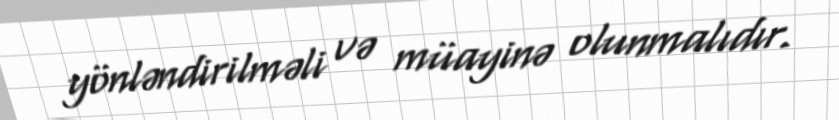
yönləndirilməli və müayinə olunmalıdır.